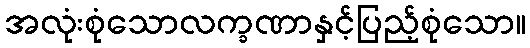
အလုံးစုံသောလက္ခဏာနှင့်ပြည့်စုံသော။